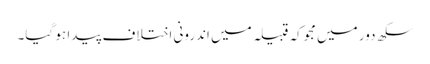
سکھ دور میں مجوکہ قبیلہ میں اندرونی اختلاف پیدا ہو گیا۔